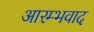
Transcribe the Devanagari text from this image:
आरम्भवाद